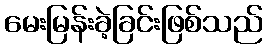
မေးမြန်းခဲ့ခြင်းဖြစ်သည်